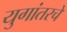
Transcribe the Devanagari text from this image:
युगांतरचे